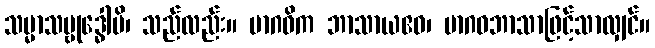
သမ္မာသမ္ဗုဒ္ဓေါပိ၊ သည်လည်း။ မာဂဓိက ဘာသာယဧဝ၊ မာဂဓဘာသာဖြင့်သာလျှင်။